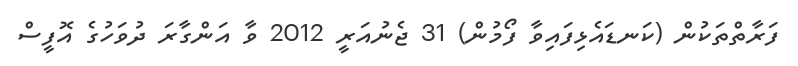
ފަރާތްތަކުން (ކަނޑައެޅިފައިވާ ފޯމުން) 31 ޖެނުއަރީ 2012 ވާ އަންގާރަ ދުވަހުގެ އޮފީސް